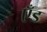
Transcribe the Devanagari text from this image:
एँड